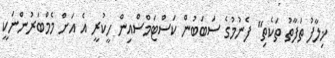
ޚިލާފު ތަފާތު ތަކެތި" ފެނުމުގެ ސަބަބުން ކަސްޓަމްސްއިން ހީކުރީ އެ އަށް މެމްބަރުންނަކީ